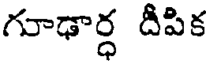
గూఢార్ధ దీపిక